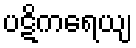
ပဋိကရေယျ